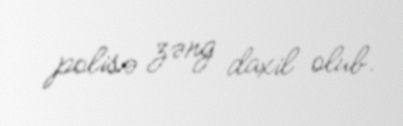
polisə zəng daxil olub.